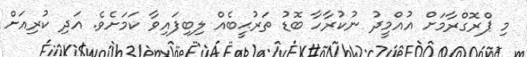
މި ޕްރޮގްރާމަށް އުއްމީދު ނުކުރާހާ ބޮޑު ތަރުޙީބެއް ލިބިފައިވާ ކަމަށެވެ. އަދި ކުރިއަށް